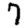
Digit: 7